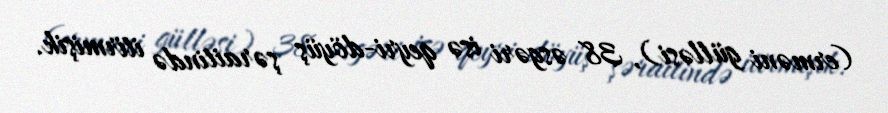
(erməni gülləsi), 38 əsgəri isə qeyri-döyüş şəraitində itirmişik.